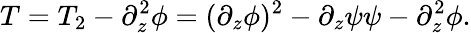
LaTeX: T=T_{2}-\partial_{z}^{2}\phi=(\partial_{z}\phi)^{2}-\partial_{z}\psi\psi-\partial_{z}^{2}\phi.